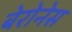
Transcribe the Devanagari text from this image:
बेरोनेस